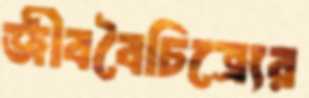
জীববৈচিত্র্যের